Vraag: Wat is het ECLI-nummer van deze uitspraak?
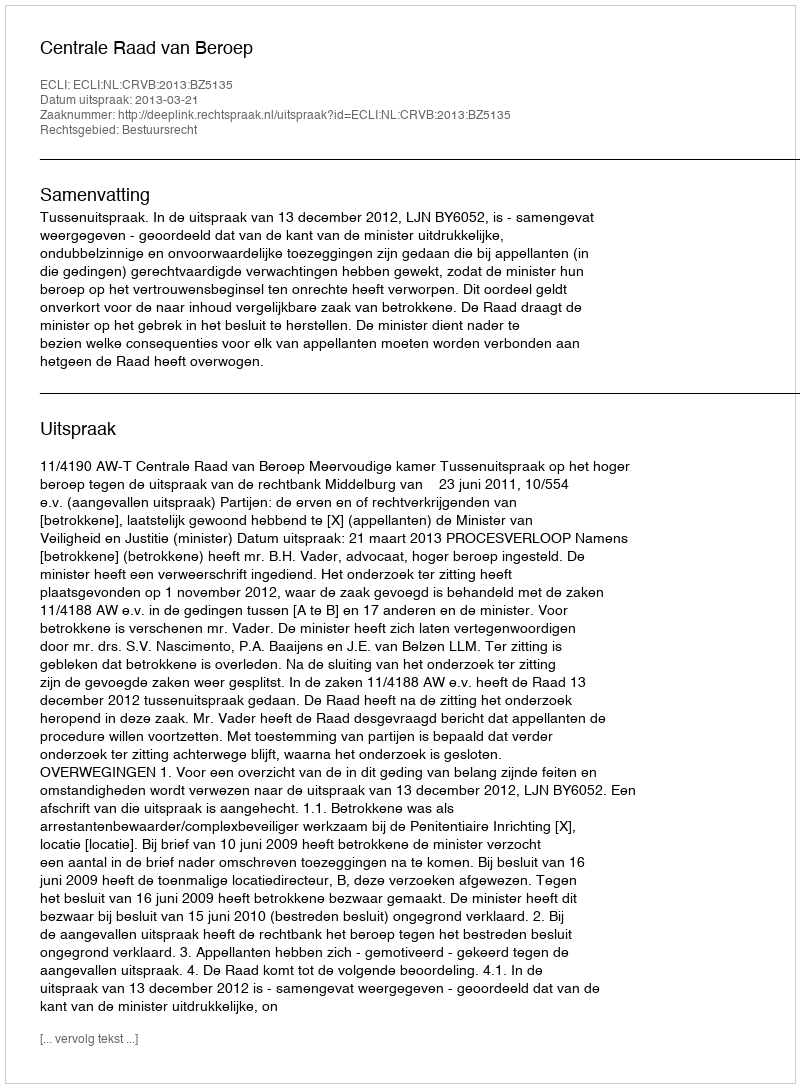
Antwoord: ECLI:NL:CRVB:2013:BZ5135